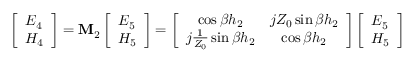
\left[ \begin{array} { l } { E _ { 4 } } \\ { H _ { 4 } } \end{array} \right] = \mathbf { M } _ { 2 } \left[ \begin{array} { l } { E _ { 5 } } \\ { H _ { 5 } } \end{array} \right] = \left[ \begin{array} { c c } { \cos \beta h _ { 2 } } & { j Z _ { 0 } \sin \beta h _ { 2 } } \\ { j \frac { 1 } { Z _ { 0 } } \sin \beta h _ { 2 } } & { \cos \beta h _ { 2 } } \end{array} \right] \left[ \begin{array} { l } { E _ { 5 } } \\ { H _ { 5 } } \end{array} \right]